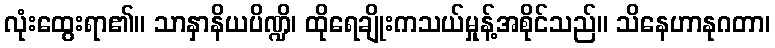
လုံးထွေးရာ၏။ သာနှာနိယပိဏ္ဍိ၊ ထိုရေချိုးကသယ်မှုန့်အစိုင်သည်။ သိနေဟာနုဂတာ၊